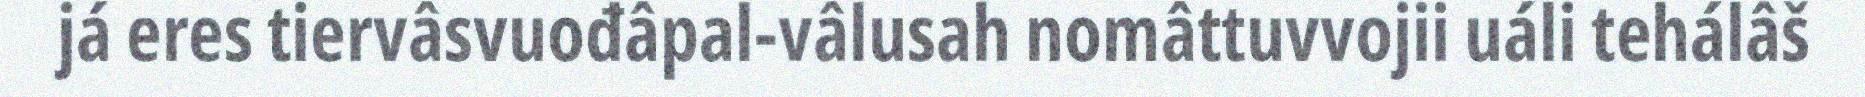
já eres tiervâsvuođâpal-vâlusah nomâttuvvojii uáli tehálâš